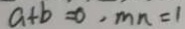
a + b = 0 , m n = 1